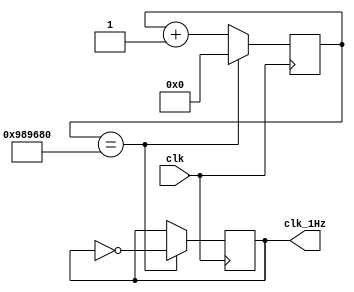
module slowClock(clk, clk_1Hz);
input clk;
output clk_1Hz;

reg clk_1Hz = 1'b0;
reg [27:0] counter;

always@(posedge clk)
	begin
	counter <= counter + 1;
   if ( counter == 10000000)
		begin
      counter <= 0;
      clk_1Hz <= ~clk_1Hz;
      end
	end
endmodule